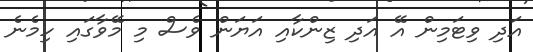
އަދި ވިޓަމިން އޭ އަދި ޒިންކާއި އަޔަން ވެސް މި މޭވާގައި ހިމެނެ